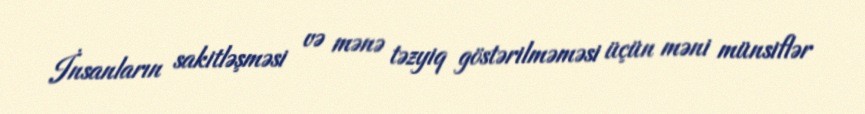
İnsanların sakitləşməsi və mənə təzyiq göstərilməməsi üçün məni münsiflər